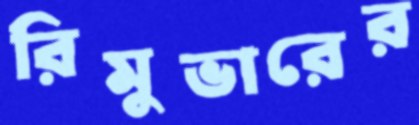
রিমুভারের